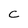
Character: C